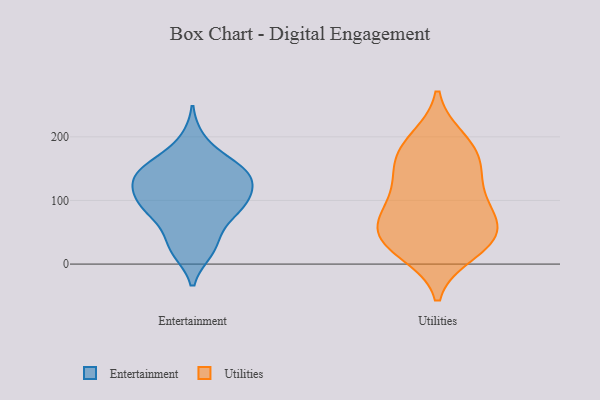
{"axis": {"x": "Website Visitors", "y": "Value"}, "legend": ["Entertainment", "Utilities"], "data": [{"x": "", "y": 100, "type": "Entertainment"}, {"x": "", "y": 137, "type": "Entertainment"}, {"x": "", "y": 106, "type": "Entertainment"}, {"x": "", "y": 136, "type": "Entertainment"}, {"x": "", "y": 143, "type": "Entertainment"}, {"x": "", "y": 107, "type": "Entertainment"}, {"x": "", "y": 81, "type": "Entertainment"}, {"x": "", "y": 194, "type": "Entertainment"}, {"x": "", "y": 69, "type": "Entertainment"}, {"x": "", "y": 161, "type": "Entertainment"}, {"x": "", "y": 21, "type": "Entertainment"}, {"x": "", "y": 84, "type": "Entertainment"}, {"x": "", "y": 96, "type": "Entertainment"}, {"x": "", "y": 22, "type": "Entertainment"}, {"x": "", "y": 148, "type": "Entertainment"}, {"x": "", "y": 36, "type": "Entertainment"}, {"x": "", "y": 130, "type": "Entertainment"}, {"x": "", "y": 150, "type": "Entertainment"}, {"x": "", "y": 195, "type": "Utilities"}, {"x": "", "y": 34, "type": "Utilities"}, {"x": "", "y": 73, "type": "Utilities"}, {"x": "", "y": 145, "type": "Utilities"}, {"x": "", "y": 112, "type": "Utilities"}, {"x": "", "y": 79, "type": "Utilities"}, {"x": "", "y": 46, "type": "Utilities"}, {"x": "", "y": 172, "type": "Utilities"}, {"x": "", "y": 87, "type": "Utilities"}, {"x": "", "y": 184, "type": "Utilities"}, {"x": "", "y": 40, "type": "Utilities"}, {"x": "", "y": 37, "type": "Utilities"}, {"x": "", "y": 146, "type": "Utilities"}, {"x": "", "y": 19, "type": "Utilities"}]}